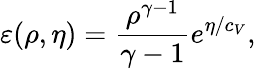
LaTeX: \varepsilon(\rho,\eta)=\frac{\rho^{\gamma-1}}{\gamma-1}e^{\eta/c_{V}},